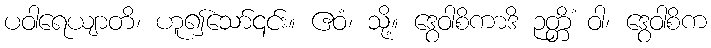
ပဝါရေယျာတိ၊ ဟူ၍သော်၎င်း။ ဧဝံ၊ သို့။ ဒွေဝါစိကာဒိ ဉတ္တိံ ဝါ၊ ဒွေဝါစိက